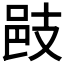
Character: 𢻌